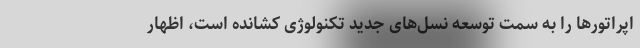
اپراتورها را به سمت توسعه نسل‌های جدید تکنولوژی کشانده است، اظهار